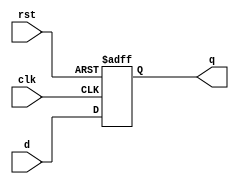
module dff(
    input clk,
    input rst,
    input d,
    output q
    );
    
    reg q;
    
    always @(posedge clk or posedge rst)
        begin
        if(rst)
            #2 q = 0;
        else
            q = #3 d;
        end
        
    specify
        $setup(d, clk, 2);
        $hold(clk, d, 0);
    endspecify
endmodule